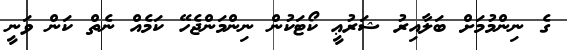
ގެ ނިންމުމަށް ބަލާއިރު ޝަރުޢީ ކޯޓަކުން ނިންމަންޖެހޭ ކަމެއް ނެތް ކަން ވަނީ